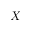
\boldsymbol { X }